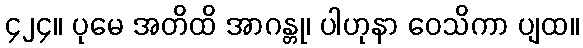
၄၂၄။ ပုမေ အတိထိ အာဂန္တု၊ ပါဟုနာ ဝေသိကာ ပျထ။